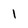
Character: l